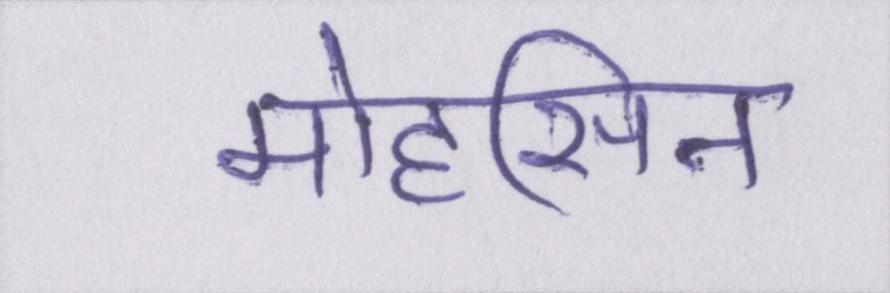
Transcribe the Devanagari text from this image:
मोहसिन